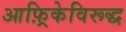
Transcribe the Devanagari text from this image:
आफ़्रिकेविरूद्ध